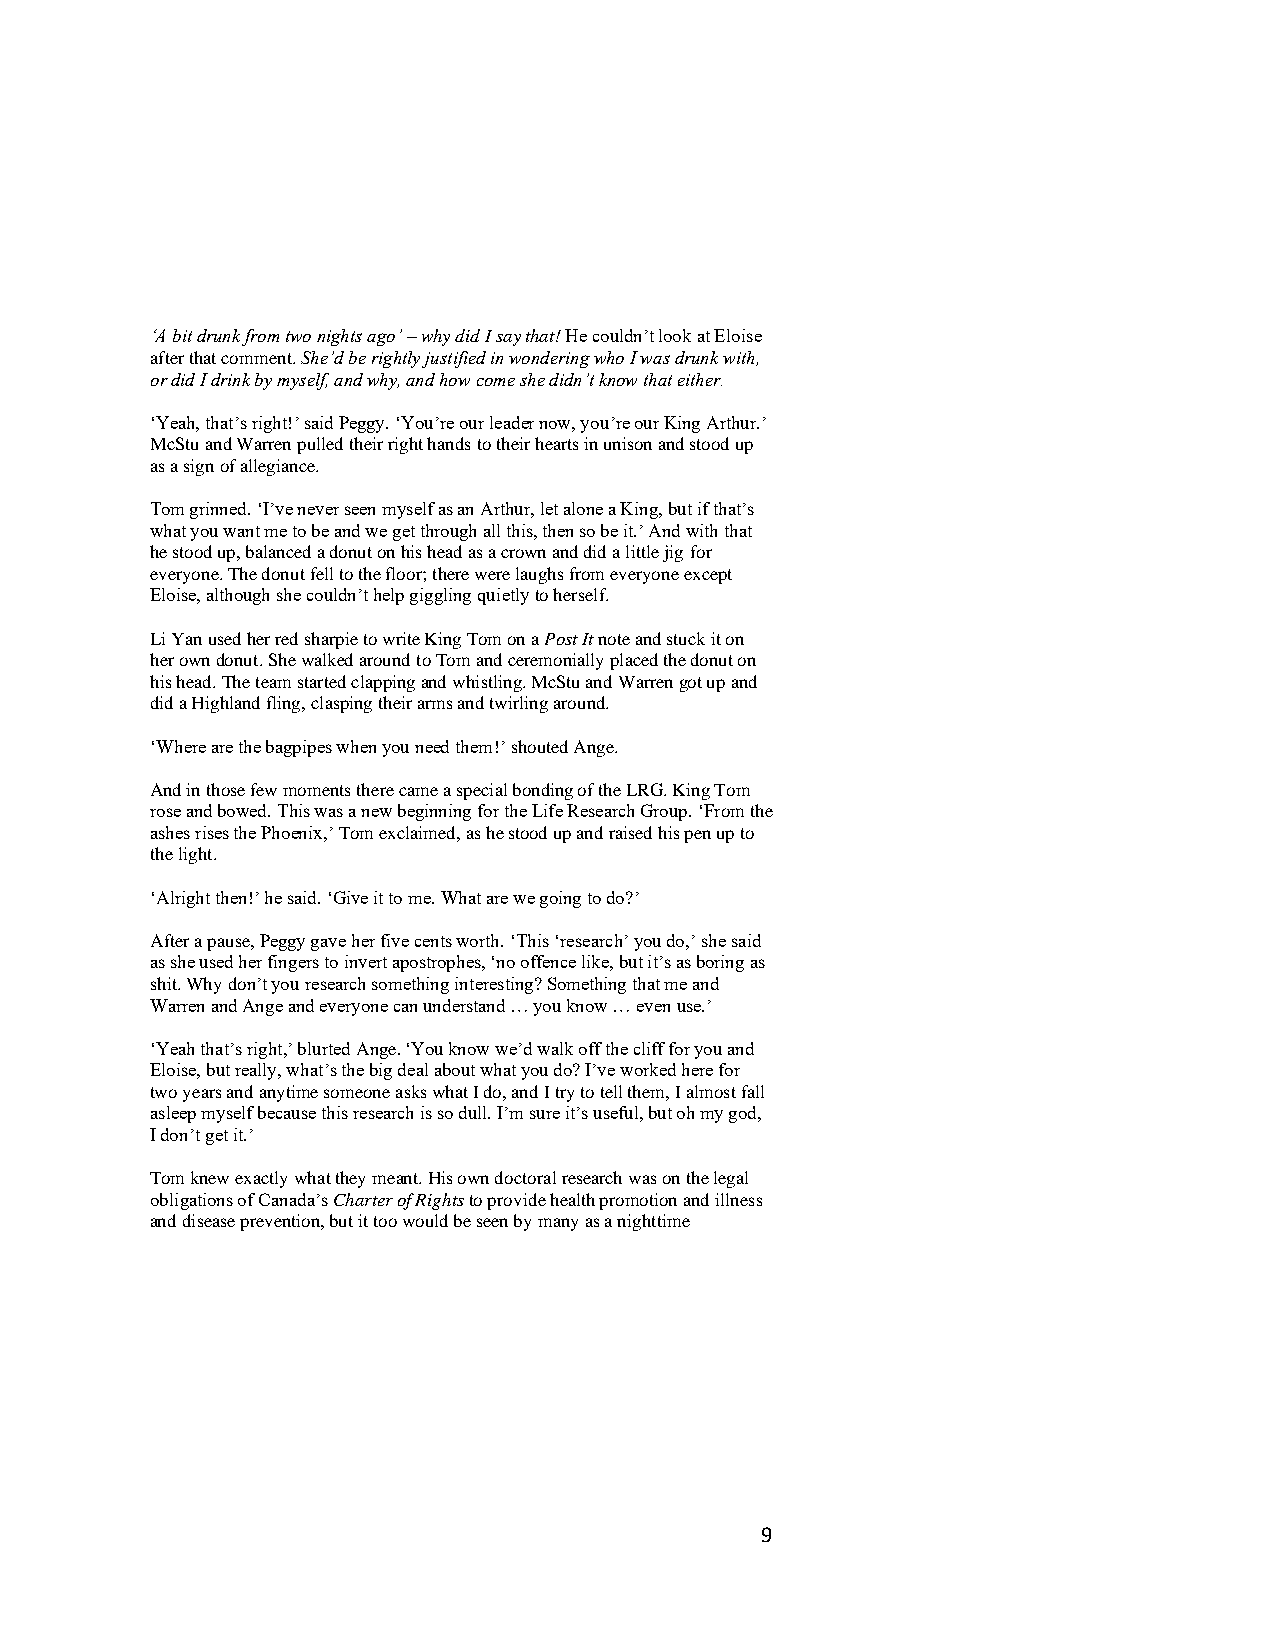
‘A bit drunk from two nights ago’ – why did I say that! He couldn’t look at Eloise
 after that comment. She’d be rightly justified in wondering who I was drunk with,
 or did I drink by myself, and why, and how come she didn’t know that either.
 ‘Yeah, that’s right!’ said Peggy. ‘You’re our leader now, you’re our King Arthur.’
 McStu and Warren pulled their right hands to their hearts in unison and stood up
 as a sign of allegiance.
 Tom grinned. ‘I’ve never seen myself as an Arthur, let alone a King, but if that’s
 what you want me to be and we get through all this, then so be it.’ And with that
 he stood up, balanced a donut on his head as a crown and did a little jig for
 everyone. The donut fell to the floor; there were laughs from everyone except
 Eloise, although she couldn’t help giggling quietly to herself.
 Li Yan used her red sharpie to write King Tom on a Post It note and stuck it on
 her own donut. She walked around to Tom and ceremonially placed the donut on
 his head. The team started clapping and whistling. McStu and Warren got up and
 did a Highland fling, clasping their arms and twirling around.
 ‘Where are the bagpipes when you need them!’ shouted Ange.
 And in those few moments there came a special bonding of the LRG. King Tom
 rose and bowed. This was a new beginning for the Life Research Group. ‘From the
 ashes rises the Phoenix,’ Tom exclaimed, as he stood up and raised his pen up to
 the light.
 ‘Alright then!’ he said. ‘Give it to me. What are we going to do?’
 After a pause, Peggy gave her five cents worth. ‘This ‘research’ you do,’ she said
 as she used her fingers to invert apostrophes, ‘no offence like, but it’s as boring as
 shit. Why don’t you research something interesting? Something that me and
 Warren and Ange and everyone can understand … you know … even use.’
 ‘Yeah that’s right,’ blurted Ange. ‘You know we’d walk off the cliff for you and
 Eloise, but really, what’s the big deal about what you do? I’ve worked here for
 two years and anytime someone asks what I do, and I try to tell them, I almost fall
 asleep myself because this research is so dull. I’m sure it’s useful, but oh my god,
 I don’t get it.’
 Tom knew exactly what they meant. His own doctoral research was on the legal
 obligations of Canada’s Charter of Rights to provide health promotion and illness
 and disease prevention, but it too would be seen by many as a nighttime
 9